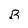
Character: B